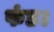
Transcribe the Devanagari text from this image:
फंड।